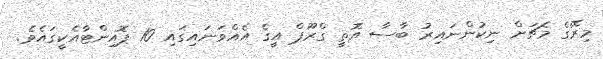
މިރޭގެ މެޗަށް ނިކުންނައިރު ބާސާ އޮތީ ގްރޫޕް އީގެ އެއްވަނައިގައި 10 ޕޮއިންޓާއެކީގައެވެ.